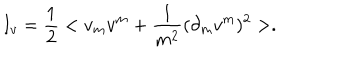
I _ { v } = \frac { 1 } { 2 } < v _ { m } v ^ { m } + \frac { 1 } { m ^ { 2 } } ( \partial _ { m } v ^ { m } ) ^ { 2 } > .